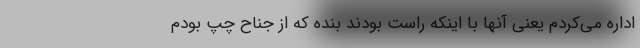
اداره می‌کردم یعنی آنها با اینکه راست بودند بنده که از جناح چپ بودم